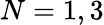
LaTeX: N=1,3